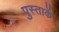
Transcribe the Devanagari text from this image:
पुस्ताकें